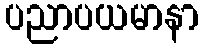
ပညာပယမာနာ